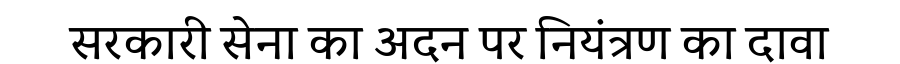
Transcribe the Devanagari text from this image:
सरकारी सेना का अदन पर नियंत्रण का दावा